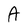
Character: A